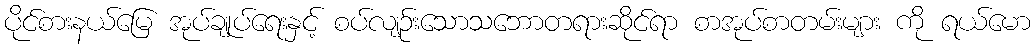
ပိုင်စားနယ်မြေ အုပ်ချုပ်ရေးနှင့် စပ်လျဉ်းသောသဘောတရားဆိုင်ရာ စာအုပ်စာတမ်းများ ကို ရယ်မော